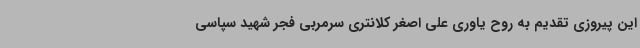
این پیروزی تقدیم به روح یاوری علی اصغر کلانتری سرمربی فجر شهید سپاسی